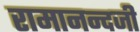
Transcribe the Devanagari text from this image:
रामानन्दजी